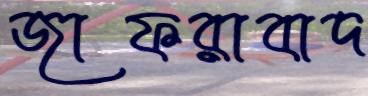
জাফরাবাদ